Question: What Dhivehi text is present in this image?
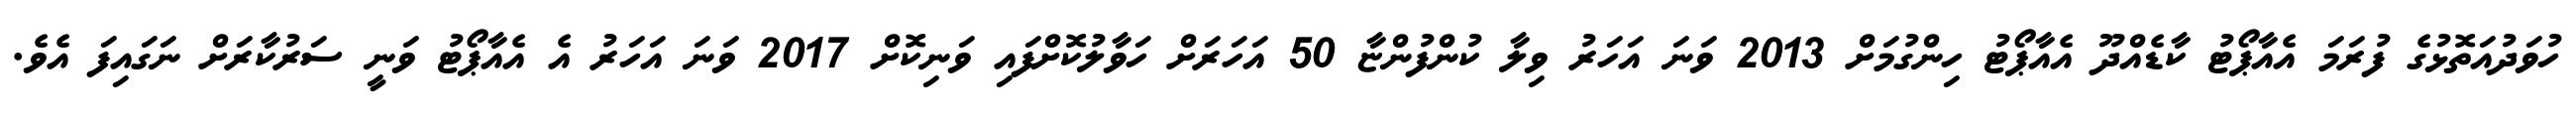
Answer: ހުވަދުއަތޮޅުގެ ފުރަމަ އެއާޕޯޓު ކާޑެއްދޫ އެއާޕޯޓު ހިންގުމަށް 2013 ވަނަ އަހަރު ވިލާ ކުންފުންޏާ 50 އަހަރަށް ހަވާލުކޮށްފައި ވަނިކޮށް 2017 ވަނަ އަހަރު އެ އެއާޕޯޓު ވަނީ ސަރުކާރަށް ނަގައިފަ އެވެ.